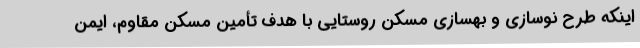
اینکه طرح نوسازی و بهسازی مسکن روستایی با هدف تأمین مسکن مقاوم، ایمن